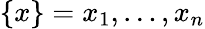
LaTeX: \{ x\} =x_{1},\ldots,x_{n}